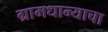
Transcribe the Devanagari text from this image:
ग्रामधान्याचा